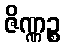
ဇိဏ္ဏဉ္စ